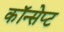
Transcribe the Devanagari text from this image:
कॉन्‍सेप्‍ट